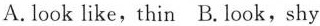
A. look like, thin B. look, shy